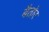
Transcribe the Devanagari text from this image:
बैतोर